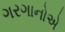
ગરગાનોએ